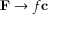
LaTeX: \mathbf { F } \rightarrow f \mathbf { c }